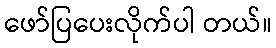
ဖော်ပြပေးလိုက်ပါ တယ်။